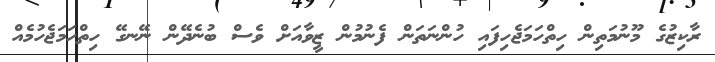
ރާކިޒުގެ މޫނުމަތިން ހިތްހަމަޖެހިފައި ހުންނަތަން ފެނުމުން ޒީވާއަށް ވެސް ބުނެދޭން ނޭނގޭ ހިތްހަމަޖެހުމެއް